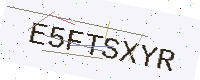
Text: E5FTSXYR